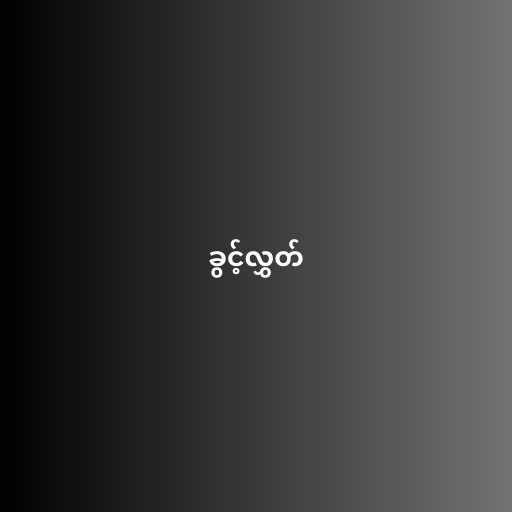
ခွင့်လွှတ်